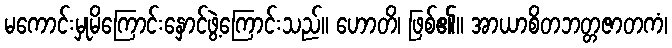
မကောင်းမှုမိကြောင်းနှောင်ဖွဲ့ကြောင်းသည်။ ဟောတိ၊ ဖြစ်၏။ အာယာစိတဘတ္တဇာတကံ၊